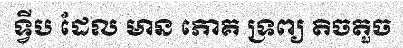
ទ្វីប ដែល មាន ភោគ ទ្រព្យ តិចតួច